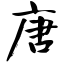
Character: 唐